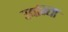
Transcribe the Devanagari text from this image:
उद्यम्यिों